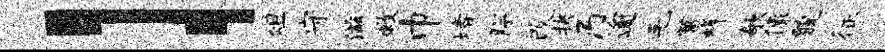
l俎守滋救巾堵胼改抉乃逾毛菖蜂欹像貌征